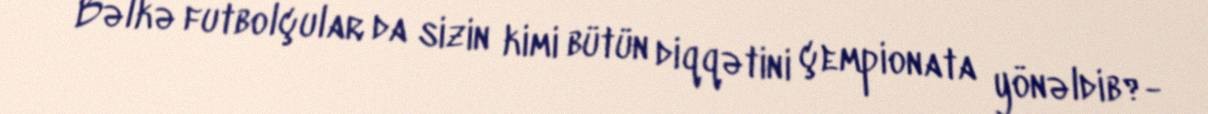
Bəlkə futbolçular da sizin kimi bütün diqqətini çempionata yönəldib?-